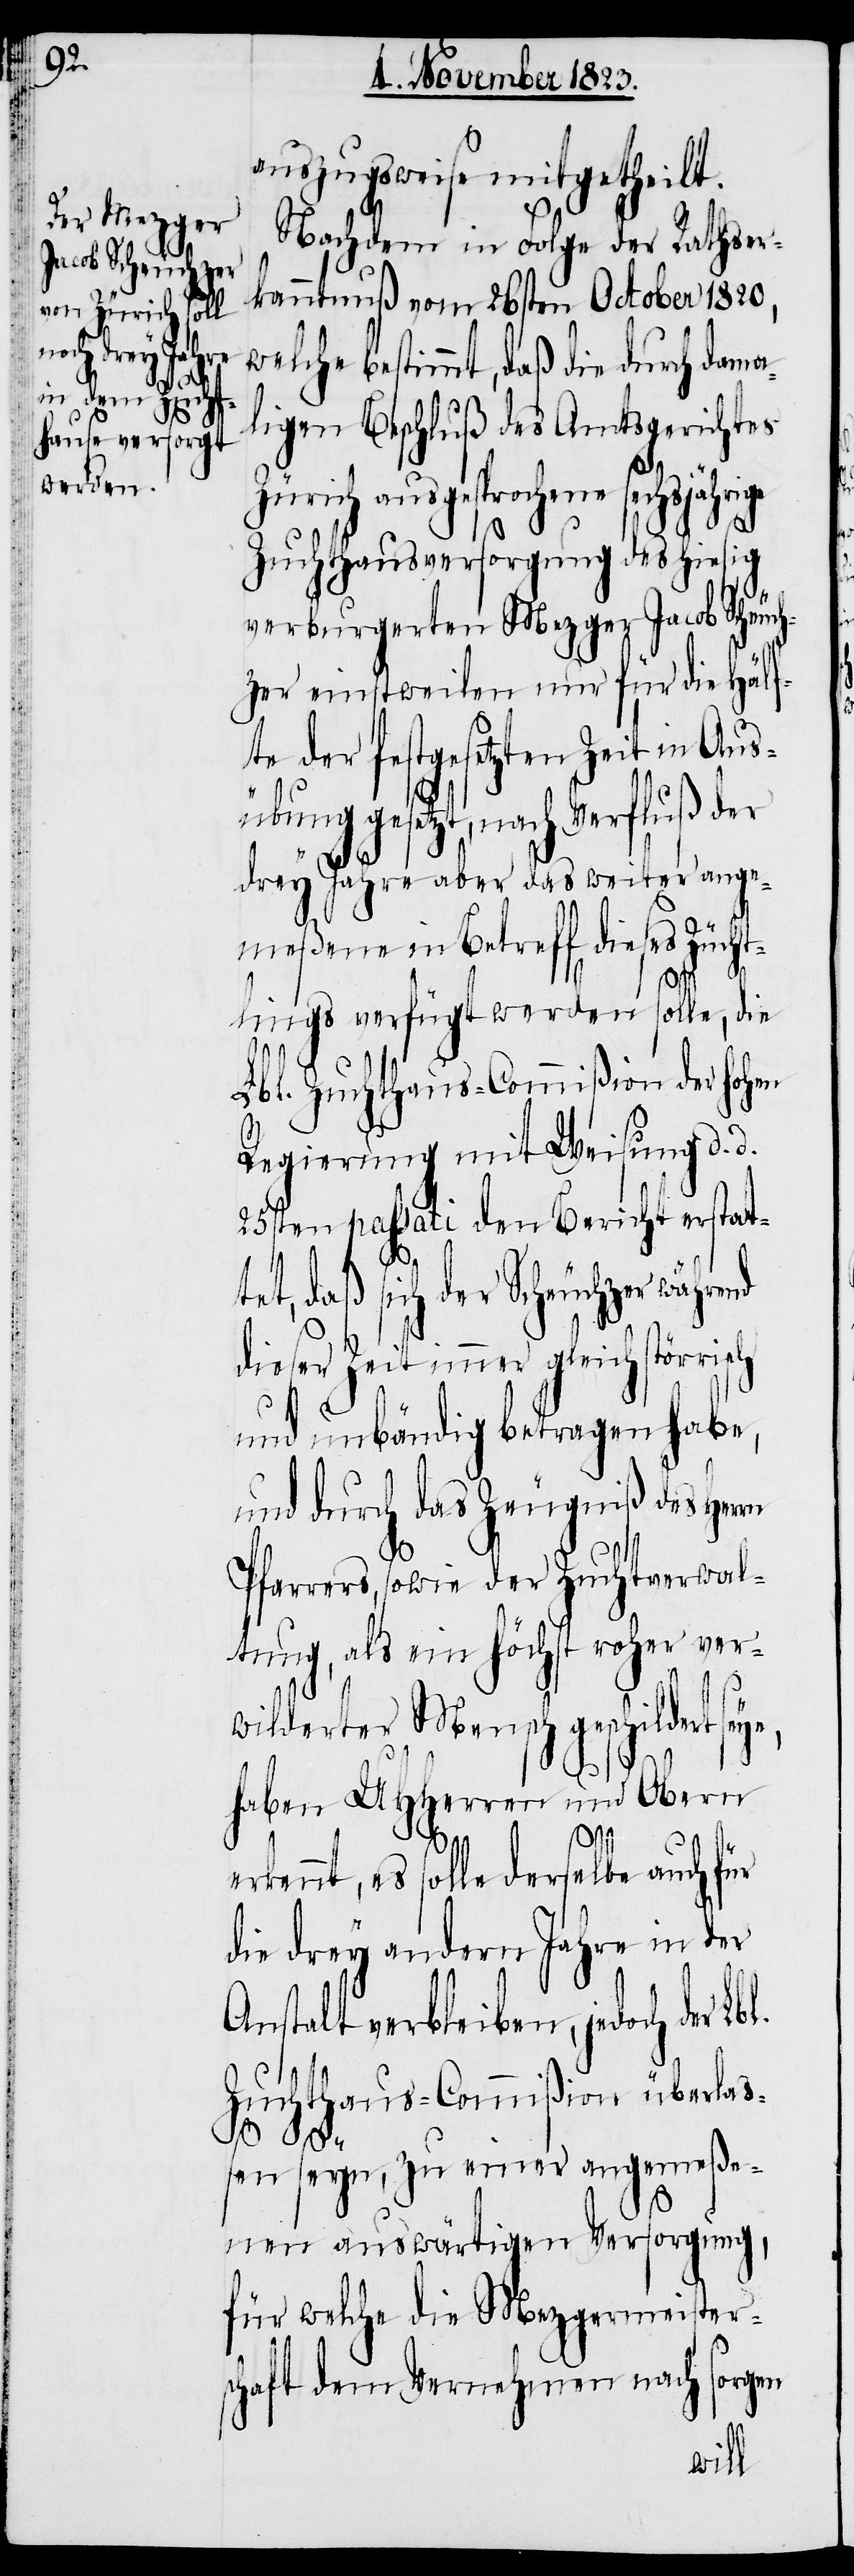
er¬

auszugsweise mitgetheilt.
Nachdem in Folge der Rathser¬
kanntnuß vom 26sten October 1820,
welche bestimmt, daß die durch dama¬
ligen Beschluß des Amtsgerichtes
Zürich ausgesprochene sechsjähr¬
Zuchthausversorgung des hiesig
verburgerten Mezger Jacob Scheuch¬
zer einstweilen nur für die Hälf¬
te der festgesetzten Zeit in Aus¬
übung gesetzt, nach Verfluß der
drey Jahre aber das weiter ange¬
meßene in Betreff dieses Zücht¬
lings verfügt werden solle, die
Lbl. Zuchthaus-Commißion der hohen
Regierung mit Weisung d. d.
25sten passati den Bericht erstat¬
tet, daß sich der Scheuchzer während
dieser Zeit immer gleich störrisch
und unbändig betragen habe,
und durch das Zeugniß des Her¬
Pfarrers, sowie der Zuchtverwal¬
tung, als ein höchst roher ver¬
wilderter Mensch geschildert seye,
rn
haben UHHerren und Obern
kennt, es solle derselbe auch für
die drey andern Jahre in der
Anstalt verbleiben, jedoch der
Zuchthaus-Commißion überla¬
ßen seyn, zu einer angemeße¬
nen auswärtigen Versorgung,
für welche die Mezgermeister¬
schaft dem Vernehmen nach sorgen